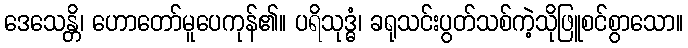
ဒေသေန္တိ၊ ဟောတော်မူပေကုန်၏။ ပရိသုဒ္ဓံ၊ ခရုသင်းပွတ်သစ်ကဲ့သိုဖြူစင်စွာသော။